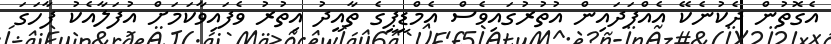
އެގޮތުން ދެކުނެކޭ އެއްފަދައިން އުތުރުގައިވެސް އެމްޑީޕީގެ ތާއީދު އިތުރު ވެފައިވާކަމަށް އުފަލާއެކު ފާހަގަ